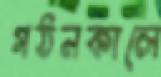
গঠনকালে